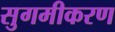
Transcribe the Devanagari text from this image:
सुगमीकरण